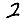
Digit: 2